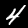
Label: 4